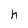
Character: h